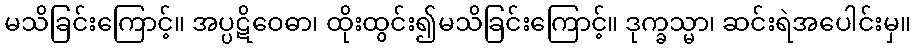
မသိခြင်းကြောင့်။ အပ္ပဋိဝေဓာ၊ ထိုးထွင်း၍မသိခြင်းကြောင့်။ ဒုက္ခသ္မာ၊ ဆင်းရဲအပေါင်းမှ။